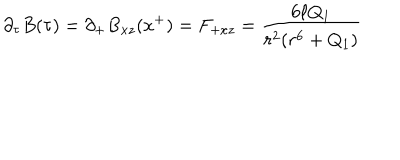
\partial _ { \tau } B ( \tau ) = \partial _ { + } B _ { x z } ( x ^ { + } ) = F _ { + x z } = { \frac { 6 \ell Q _ { 1 } } { r ^ { 2 } ( r ^ { 6 } + Q _ { 1 } ) } }